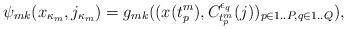
LaTeX: \begin{align*} \psi_{mk}(x_{\kappa_m},j_{\kappa_m}) = g_{mk}&((x(t^m_p),C^{\epsilon_q}_{t^m_p}(j))_{p\in 1..P, q\in 1..Q}),\end{align*}